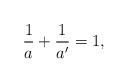
LaTeX: \begin{align*}\frac{1}{a}+\frac{1}{a'}=1,\end{align*}